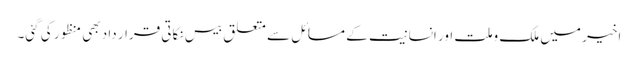
اخیر میں ملک وملت اور انسانیت کے مسائل سے متعلق بیس نکاتی قرار داد بھی منظور کی گئی۔